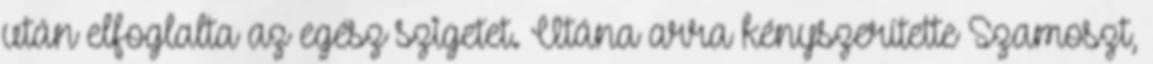
után elfoglalta az egész szigetet. Utána arra kényszerítette Szamoszt,